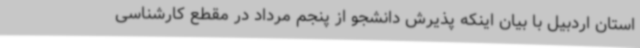
استان اردبیل با بیان اینکه پذیرش دانشجو از پنجم مرداد در مقطع کارشناسی